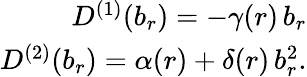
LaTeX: \begin{array}{r}{D^{(1)}(b_{r})=-\gamma(r)\, b_{r}}\\ {D^{(2)}(b_{r})=\alpha(r)+\delta(r)\, b_{r}^{2}.}\end{array}